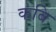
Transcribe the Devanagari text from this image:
कबि